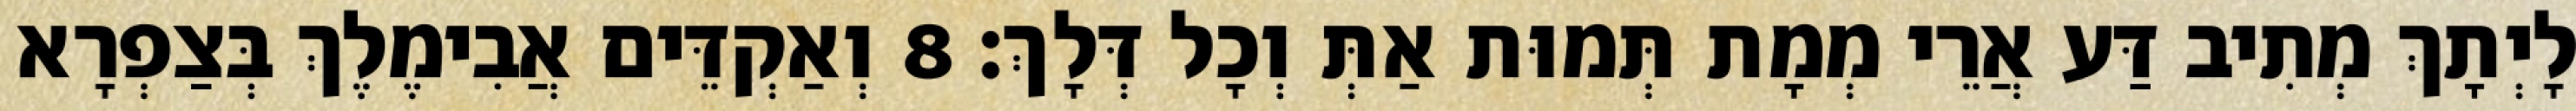
לָיְתָךְ מְתִיב דַּע אֲרֵי מְמָת תְּמוּת אַתְּ וְכָל דְּלָךְ׃ 8 וְאַקְדֵּים אֲבִימֶלֶךְ בְּצַפְרָא